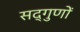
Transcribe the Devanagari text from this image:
सद्‌गुणों